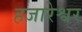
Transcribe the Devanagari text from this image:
हजारेश्वर